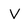
Character: V